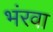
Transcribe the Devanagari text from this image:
भंरवा